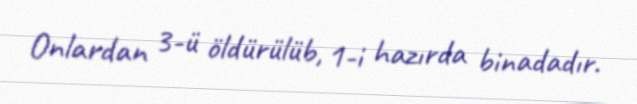
Onlardan 3-ü öldürülüb, 1-i hazırda binadadır.